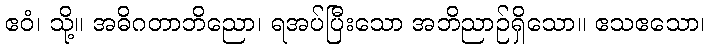
ဧဝံ၊ သို့။ အဓိဂတာဘိညော၊ ရအပ်ပြီးသော အဘိညာဉ်ရှိသော။ ဧသဧသော၊